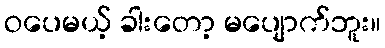
ဝပေမယ့် ခါးတော့ မပျောက်ဘူး။